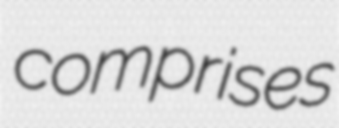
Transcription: comprises